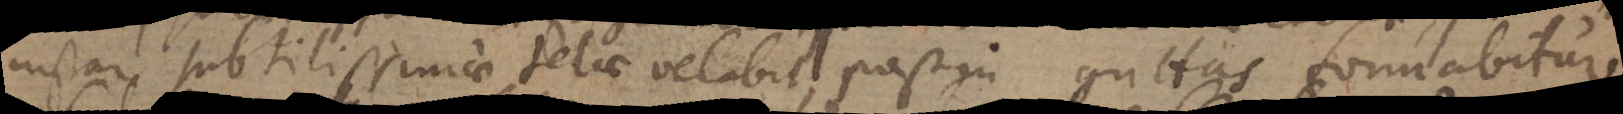
instar subtilissimae telae velabit, post in guttas formabitur